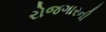
રોજગારની